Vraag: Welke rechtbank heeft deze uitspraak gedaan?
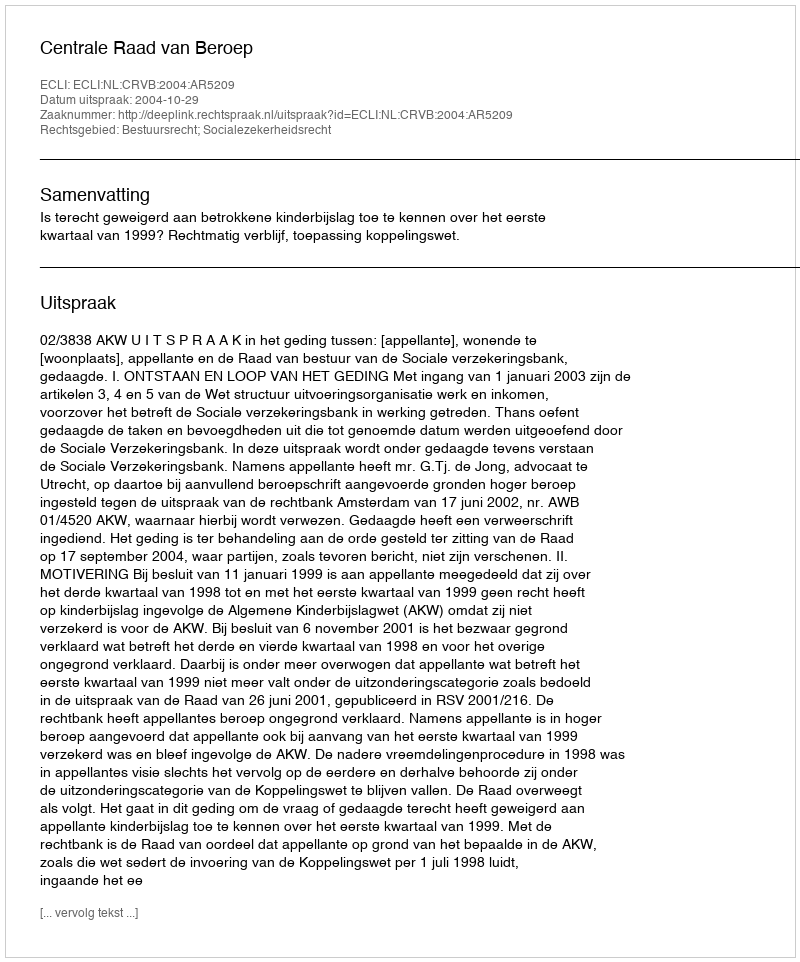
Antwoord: Centrale Raad van Beroep